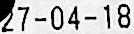
27-04-18